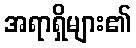
အရာရှိများ၏